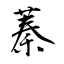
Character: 蓁